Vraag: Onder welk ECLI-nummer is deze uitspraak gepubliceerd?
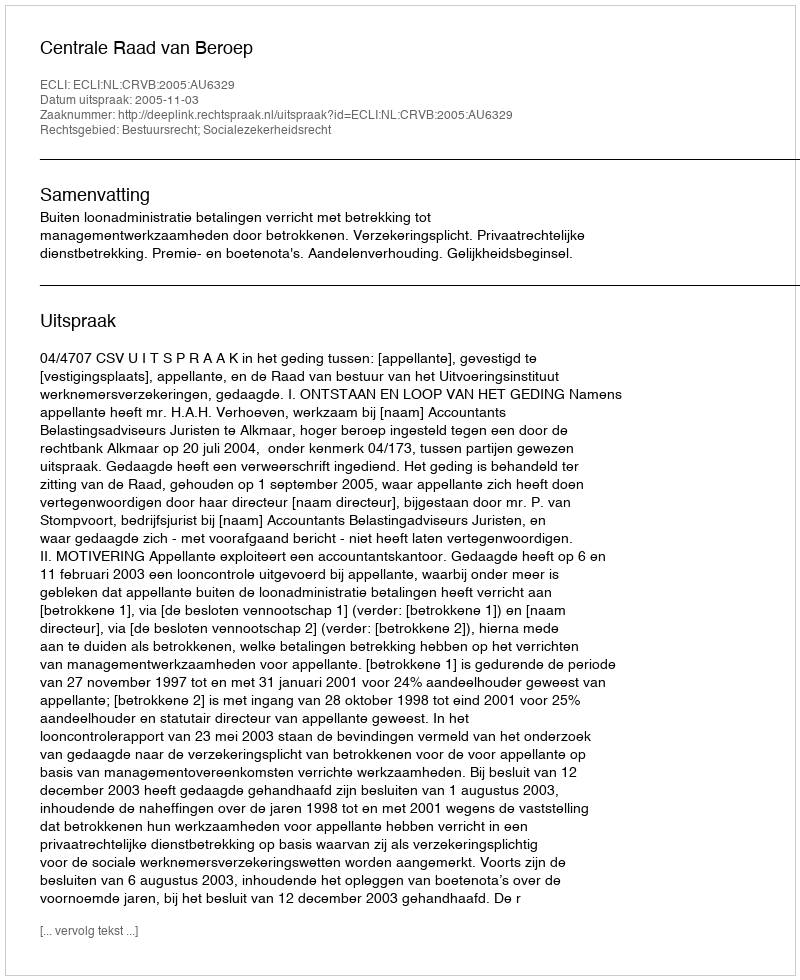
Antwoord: ECLI:NL:CRVB:2005:AU6329